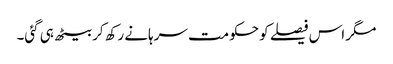
مگر اس فیصلے کو حکومت سرہانے رکھ کر بیٹھ ہی گئی۔